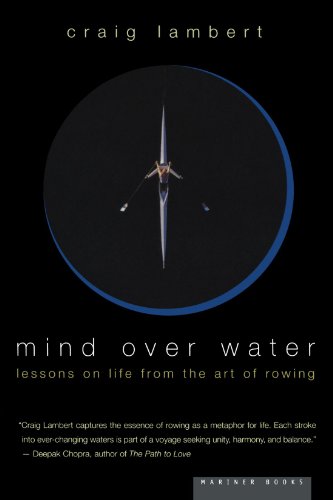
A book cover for Mind Over Water: Lessons on Life from the Art of Rowing; Craig Lambert; Sports & Outdoors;